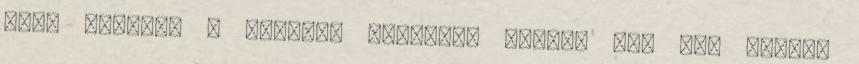
mint például a Patreon működési elvét. Rád van bízva,